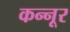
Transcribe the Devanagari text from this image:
कन्‍नूर